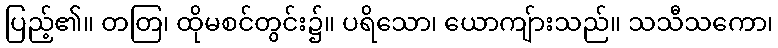
ပြည့်၏။ တတြ၊ ထိုမစင်တွင်း၌။ ပရိသော၊ ယောကျ်ားသည်။ သသီသကော၊